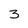
Character: 3